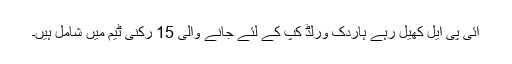
آئی پی ایل کھیل رہے ہاردک ورلڈ کپ کے لئے جانے والی 15 رکنی ٹیم میں شامل ہیں۔